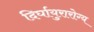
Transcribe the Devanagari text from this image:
दिर्घायुरारोग्य